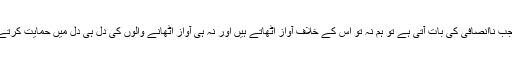
‏ لہٰذا جب نااِنصافی کی بات آتی ہے تو ہم نہ تو اِس کے خلاف آواز اُٹھاتے ہیں اور نہ ہی آواز اُٹھانے والوں کی دل ہی دل میں حمایت کرتے ہیں۔